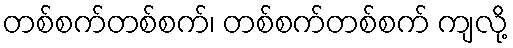
တစ်စက်တစ်စက်၊ တစ်စက်တစ်စက် ကျလို့